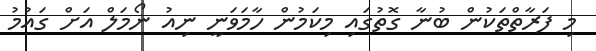
މި ފަރާތްތަކުން ބުނާ ގޮތުގައި މިކަމުން ހާމަވަނީ ނިއު ނޯމަލް އަށް ގައުމު